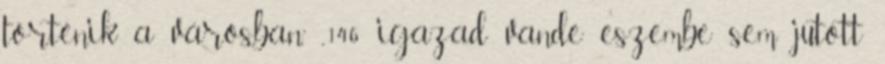
történik a városban.” „146 igazad van,de eszembe sem jutott